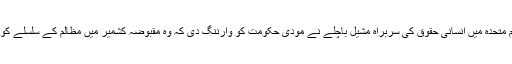
تفصیلات کے مطابق اقوام متحدہ میں انسانی حقوق کی سربراہ مشیل باچلے نے مودی حکومت کو وارننگ دی کہ وہ مقبوضہ کشمیر میں مظالم کے سلسلے کو فوری طور پر بند کرے۔